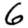
Digit: 6